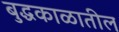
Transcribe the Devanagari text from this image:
बुद्धकाळातील